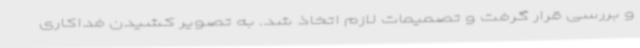
و بررسی قرار گرفت و تصمیمات لازم اتخاذ شد. به تصویر کشیدن فداکاری